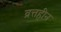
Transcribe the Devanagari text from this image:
व्रत्तहीन